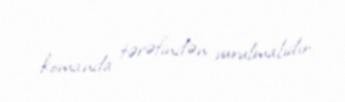
komanda tərəfindən vurulmalıdır.